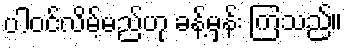
ပါဝင်လိမ့်မည်ဟု ခန့်မှန်း ကြသည်။